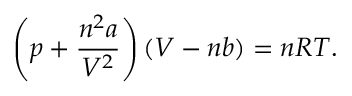
\left( p + { \frac { n ^ { 2 } a } { V ^ { 2 } } } \right) ( V - n b ) = n R T .